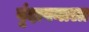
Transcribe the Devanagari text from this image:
वृंदावनाला